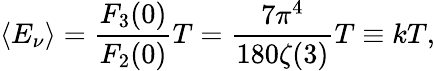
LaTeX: \langle E_{\nu}\rangle=\frac{F_{3}(0)}{F_{2}(0)}T=\frac{7\pi^{4}}{180\zeta(3)}T\equiv kT,